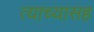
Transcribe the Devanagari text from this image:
त्याच्यासह